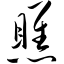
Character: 瞧